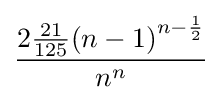
{\frac {2{\frac {21}{125}}{(n-1)}^{n-{\frac {1}{2}}}}{n^{n}}}